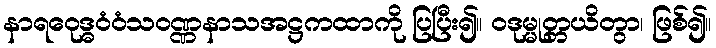
နာရဝေုဒ္ဓဝံဝံသဝဏ္ဏနာသအဋ္ဌကထာကို ပြပြီး၍။ ဝဒုမ္မုတ္တယိတွာ၊ ဖြစ်၍။